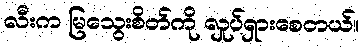
လီးက မြသွေးစိတ်ကို လှုပ်ရှားစေတယ်။